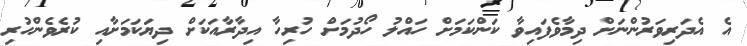
އެ އެދަރިވަރުންނަށް ދިމާވެފައިވާ ކަންކަމަށް ހައްލު ހޯދުމަށް ހުރިހާ އިދާރާއަކަށް ދިޔަކަމަށާއި ކުރެވެންހުރި